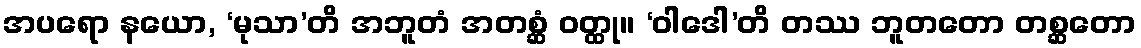
အပရော နယော, ‘မုသာ’တိ အဘူတံ အတစ္ဆံ ဝတ္ထု။ ‘ဝါဒေါ’တိ တဿ ဘူတတော တစ္ဆတော